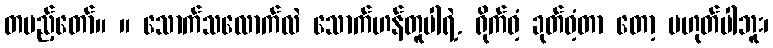
တပည့်တော်။ ။ သောက်သလောက်လဲ သောက်ဟန်တူပါရဲ့. ရိုက်ဝံ့ ခုတ်ဝံ့တာ တော့ မဟုတ်ပါဘူး၊